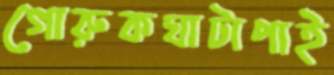
গোরুকঘাটাপাই